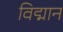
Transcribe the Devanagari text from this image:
विद्मान